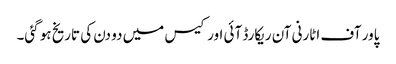
پاور آف اٹارنی آن ریکارڈ آئی اورکیس میں دو دن کی تاریخ ہو گئی۔